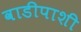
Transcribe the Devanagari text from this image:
वाडीपाशी